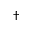
\dagger